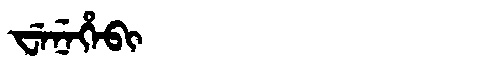
Manchu: ᠸᡝᠨᡝᡥᡝᠪᡳ
Romanization: WENEHEBI